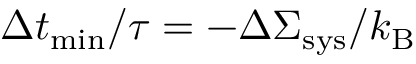
\Delta t _ { \mathrm { m i n } } / \tau = - \Delta \Sigma _ { \mathrm { s y s } } / k _ { \mathrm { B } }